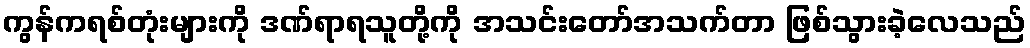
ကွန်ကရစ်တုံးများကို ဒဏ်ရာရသူတို့ကို အသင်းတော်အသက်တာ ဖြစ်သွားခဲ့လေသည်